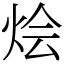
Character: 烩